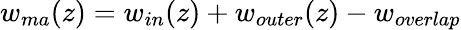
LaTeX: w_{ma}(z)=w_{in}(z)+w_{outer}(z)-w_{overlap}